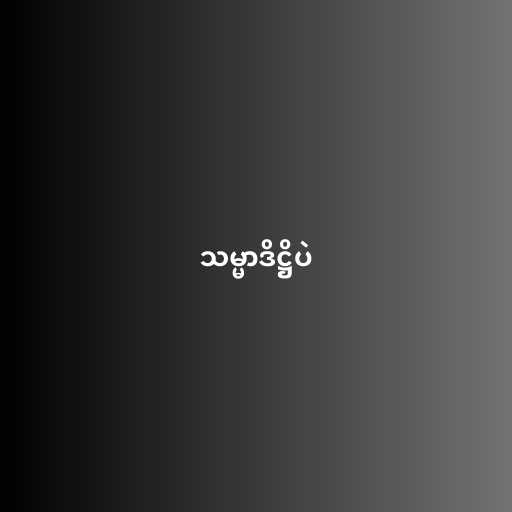
သမ္မာဒိဋ္ဌိပဲ